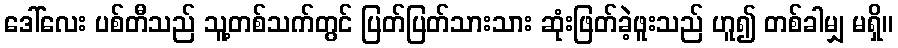
ဒေါ်လေး ပစ်တီသည် သူ့တစ်သက်တွင် ပြတ်ပြတ်သားသား ဆုံးဖြတ်ခဲ့ဖူးသည် ဟူ၍ တစ်ခါမျှ မရှိ။